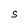
Character: S